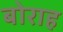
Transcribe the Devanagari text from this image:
बोराह